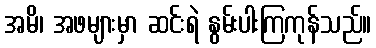
အမိ၊ အဖများမှာ ဆင်းရဲ နွမ်းပါးကြကုန်သည်။